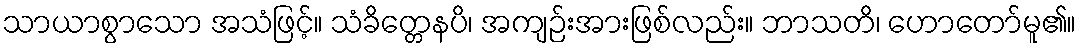
သာယာစွာသော အသံဖြင့်။ သံခိတ္တေနပိ၊ အကျဉ်းအားဖြစ်လည်း။ ဘာသတိ၊ ဟောတော်မူ၏။